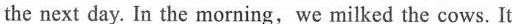
the next day. In the morning, we milked the cows. It